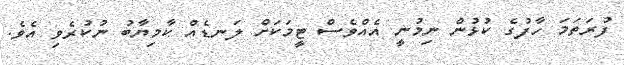
ފުރަތަމަ ހާފުގެ ކުޅުން ނިމުނީ އެއްވެސް ޓީމަކަށް ލަނޑެއް ކާމިޔާބު ނުކުރެވި އެވެ.